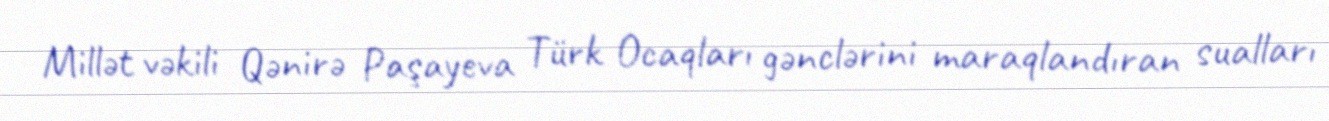
Millət vəkili Qənirə Paşayeva Türk Ocaqları gənclərini maraqlandıran sualları